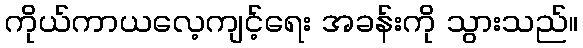
ကိုယ်ကာယလေ့ကျင့်ရေး အခန်းကို သွားသည်။